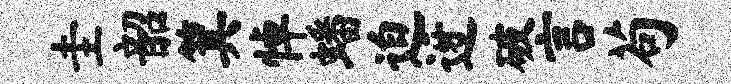
圭韶箕悼蟠迫迓破言苟